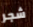
شجر